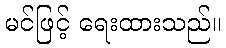
မင်ဖြင့် ရေးထားသည်။